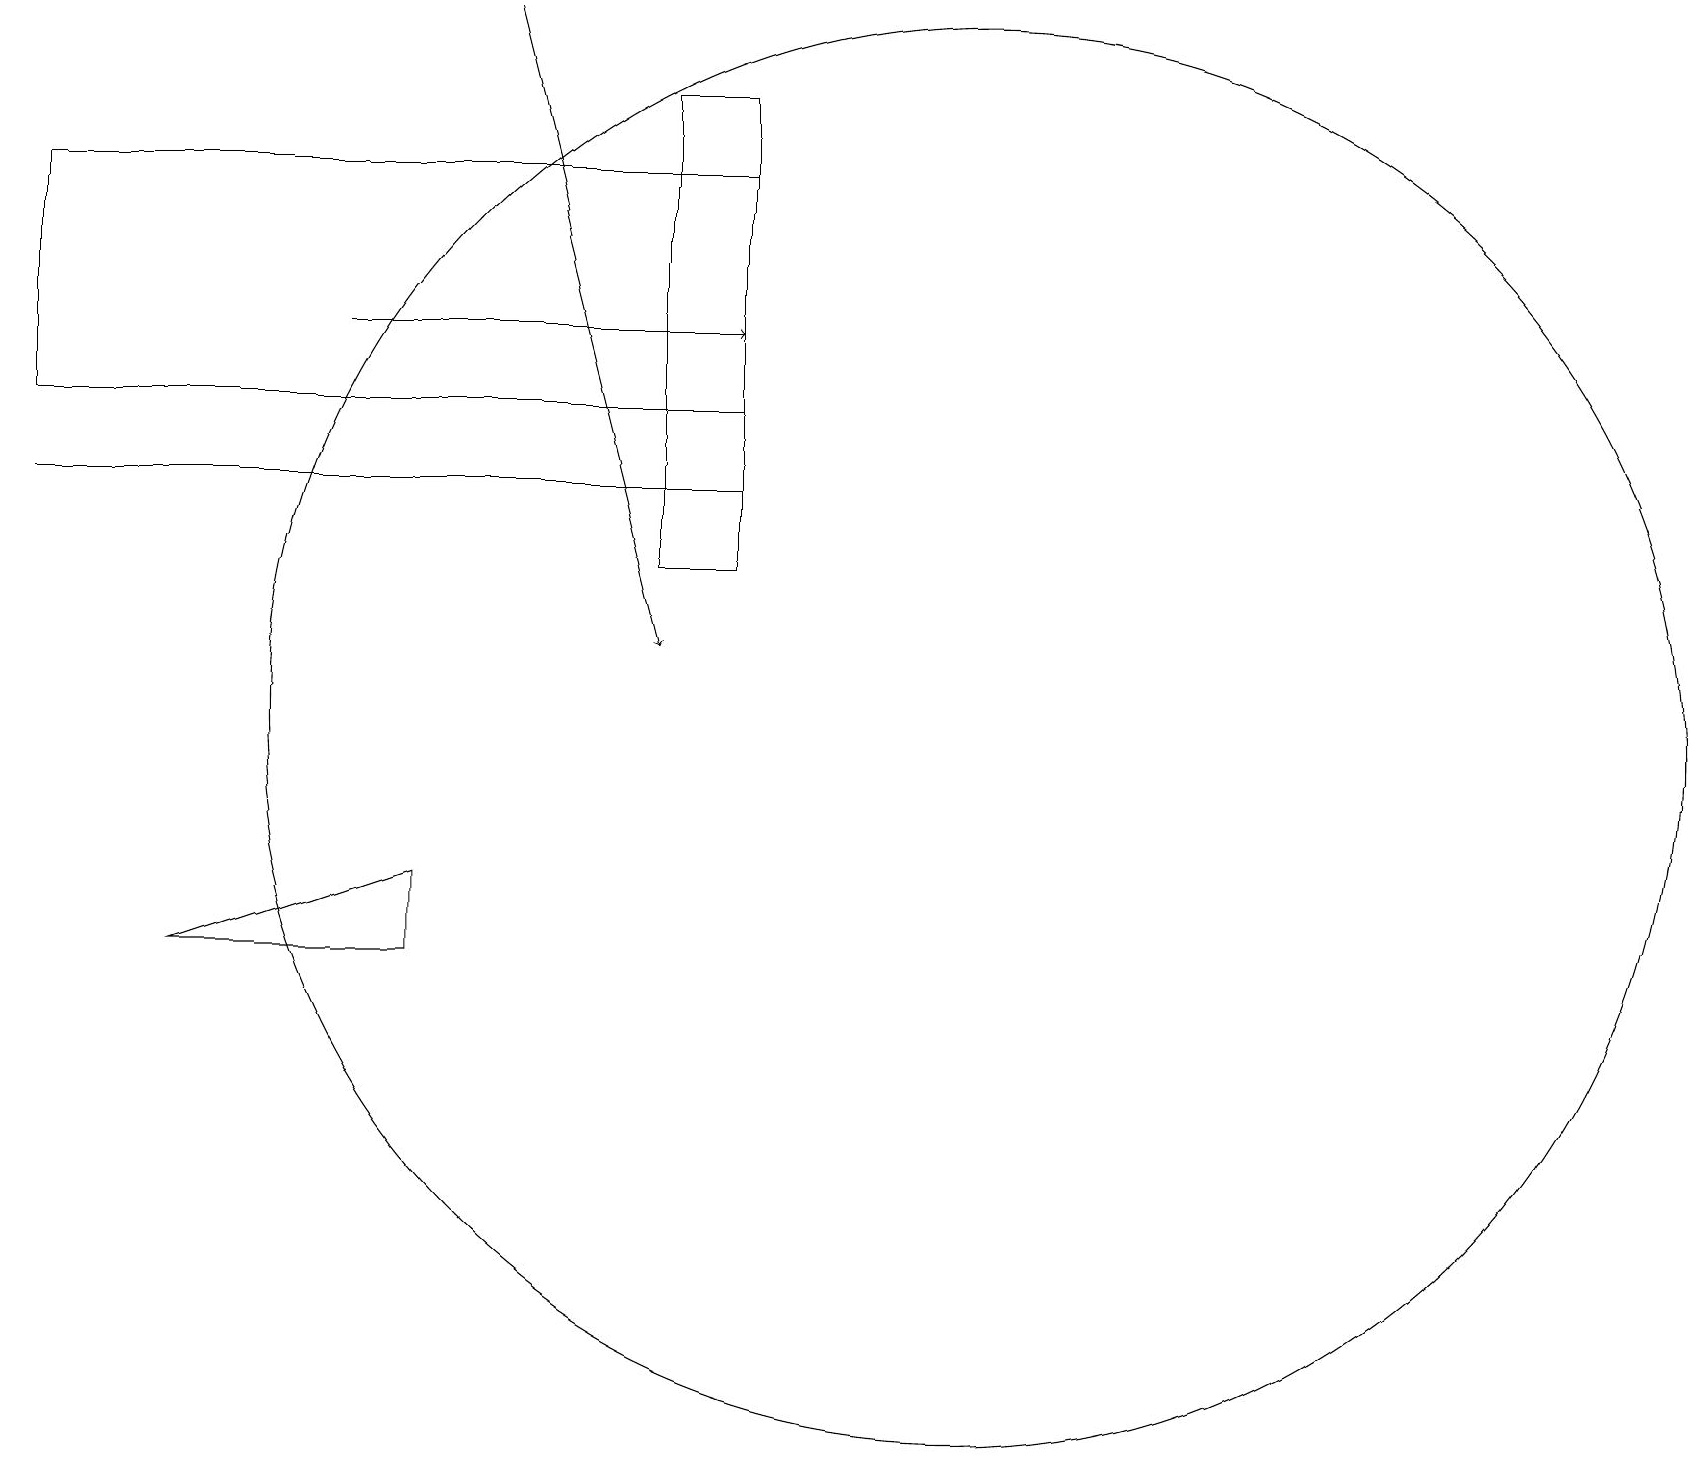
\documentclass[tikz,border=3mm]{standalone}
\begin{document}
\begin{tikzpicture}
\draw (2,7) -- (5,7) -- (5,8) -- cycle;
\draw (9,12) rectangle (8,18);
\draw (0,17) rectangle (9,14);
\draw (12,10) circle (9);
\draw[->] (6,19) -- (8,11);
\draw (9,13) rectangle (0,13);
\draw[->] (4,15) -- (9,15);
\draw (10,11) circle (0);
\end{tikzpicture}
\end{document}